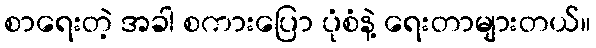
စာရေးတဲ့ အခါ စကားပြော ပုံစံနဲ့ ရေးတာများတယ်။